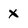
Character: x